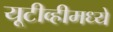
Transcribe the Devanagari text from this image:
यूटीव्हीमध्ये